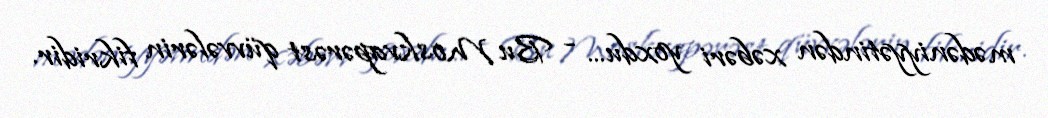
mədəniyyətindən xəbəri yoxdu... - Bu Moskvapərəst qüvvələrin fikridir.